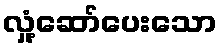
လှုံ့ဆော်ပေးသော